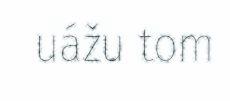
uážu tom